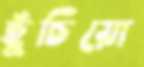
ছুঁচিয়ো